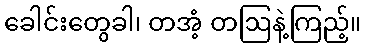
ခေါင်းတွေခါ၊ တအံ့ တဩနဲ့ကြည့်။